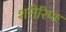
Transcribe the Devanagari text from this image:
शरीरिणः